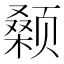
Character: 颡